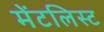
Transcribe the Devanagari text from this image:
मेंटलिस्ट